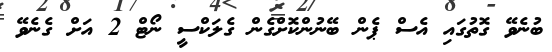
ބުނެވޭ ގޮތުގައި އެސް ޕެން ބޭނުންކޮށްގެން ގެލަކްސީ ނޯޓް 2 އަށް ގެނެވޭ